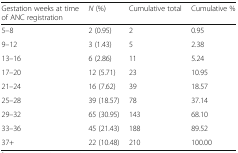
| Gestation weeks at time of ANC registration | N (%) | Cumulative total | Cumulative % |
 | --- | --- | --- | --- |
 | 5–8 | 2 (0.95) | 2 | 0.95 |
 | 9–12 | 3 (1.43) | 5 | 2.38 |
 | 13–16 | 6 (2.86) | 11 | 5.24 |
 | 17–20 | 12 (5.71) | 23 | 10.95 |
 | 21–24 | 16 (7.62) | 39 | 18.57 |
 | 25–28 | 39 (18.57) | 78 | 37.14 |
 | 29–32 | 65 (30.95) | 143 | 68.10 |
 | 33–36 | 45 (21.43) | 188 | 89.52 |
 | 37+ | 22 (10.48) | 210 | 100.00 |